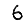
Digit: 6